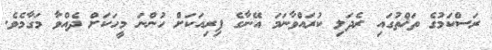
ރަސްކަމުގެ ތަޚްތުގައި ރެދަލި ކުރައްވާނަމަ އޭނާގެ ފިރިއަކަށް ހުންނަ މީހަކަށް ދެއްވާ މަގާމެވެ.